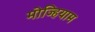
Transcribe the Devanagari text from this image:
मोज्हियाम